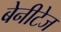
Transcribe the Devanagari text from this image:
बेनीटेज